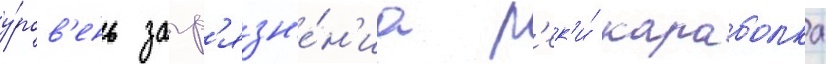
у́ров'ень загр'язн'е́н'иа р'ек'и́ караболка